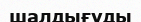
шалдығуды